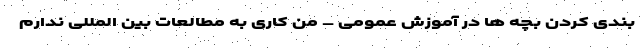
بندی کردن بچه ها در آموزش عمومی – من کاری به مطالعات بین المللی ندارم